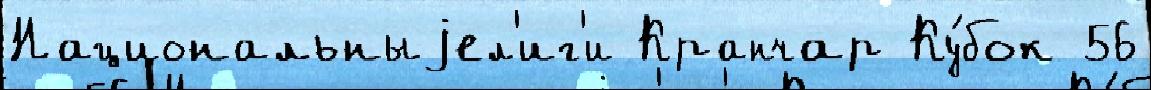
Национальныjел'иг'и Кранчар Ку́бок 56